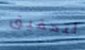
لتحقيق